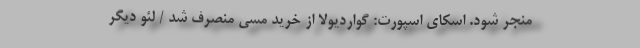
منجر شود. اسکای اسپورت: گواردیولا از خرید مسی منصرف شد / لئو دیگر